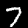
Label: 7